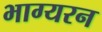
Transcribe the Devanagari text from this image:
भाग्यरन